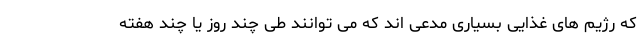
که رژیم های غذایی بسیاری مدعی اند که می توانند طی چند روز یا چند هفته